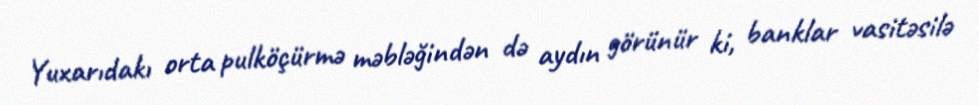
Yuxarıdakı orta pulköçürmə məbləğindən də aydın görünür ki, banklar vasitəsilə